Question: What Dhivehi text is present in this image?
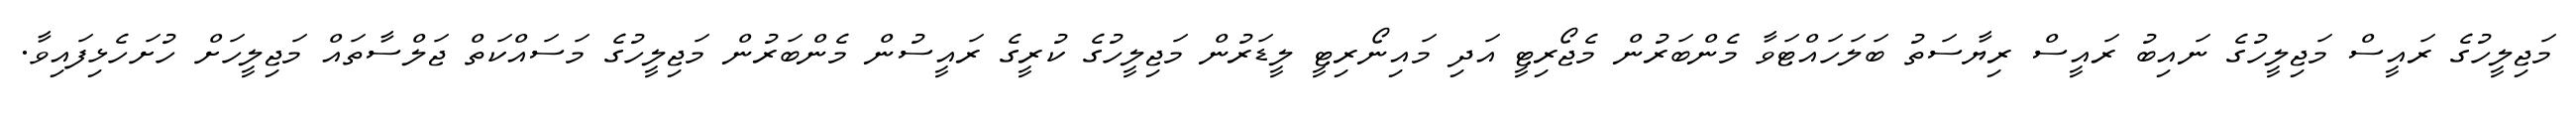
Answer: މަޖިލީހުގެ ރައީސް މަޖިލީހުގެ ނައިބު ރައީސް ރިޔާސަތު ބަލަހައްޓަވާ މެންބަރުން މެޖޯރިޓީ އަދި މައިނޯރިޓީ ލީޑަރުން މަޖިލީހުގެ ކުރީގެ ރައީސުން މެންބަރުން މަޖިލީހުގެ މަސައްކަތް ޖަލްސާތައް މަޖިލީހަށް ހުށަހެޅިފައިވާ.